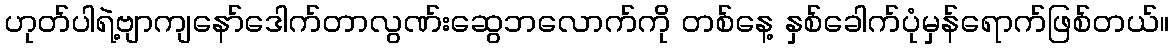
ဟုတ်ပါရဲ့ဗျာကျနော်ဒေါက်တာလွဏ်းဆွေဘလောက်ကို တစ်နေ့ နှစ်ခေါက်ပုံမှန်ရောက်ဖြစ်တယ်။